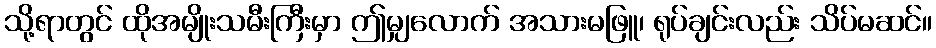
သို့ရာတွင် ထိုအမျိုးသမီးကြီးမှာ ဤမျှလောက် အသားမဖြူ၊ ရုပ်ချင်းလည်း သိပ်မဆင်။